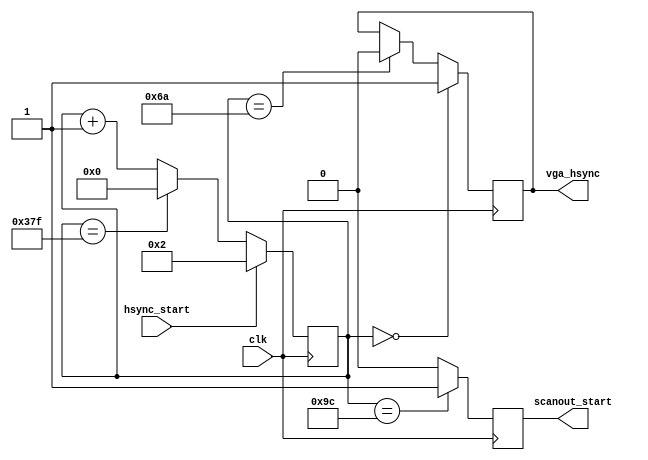
module video_vga_sync_h(

	input  wire clk,

	output reg  vga_hsync,

	output reg  scanout_start,

	input  wire hsync_start
);

	localparam HSYNC_END	= 10'd106;
	localparam SCANOUT_BEG	= 10'd156;

	localparam HPERIOD = 10'd896;



	reg [9:0] hcount;

	initial
	begin
		hcount = 9'd0;
		vga_hsync = 1'b0;
	end



	always @(posedge clk)
	begin
			if( hsync_start )
				hcount <= 10'd2;
			else if ( hcount==(HPERIOD-9'd1) )
				hcount <= 10'd0;
			else
				hcount <= hcount + 9'd1;
	end


	always @(posedge clk)
	begin
		if( !hcount )
			vga_hsync <= 1'b1;
		else if( hcount==HSYNC_END )
			vga_hsync <= 1'b0;
	end


	always @(posedge clk)
	begin
		if( hcount==SCANOUT_BEG )
			scanout_start <= 1'b1;
		else
			scanout_start <= 1'b0;
	end


endmodule